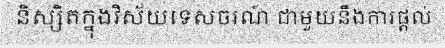
និស្សិតក្នុងវិស័យទេសចរណ៍ ជាមួយនឹងការផ្តល់